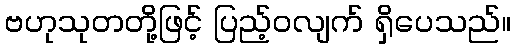
ဗဟုသုတတို့ဖြင့် ပြည့်ဝလျက် ရှိပေသည်။